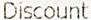
DISCOUNT